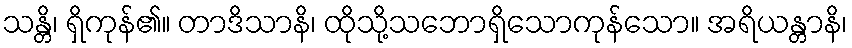
သန္တိ၊ ရှိကုန်၏။ တာဒိသာနိ၊ ထိုသို့သဘောရှိသောကုန်သော။ အရိယန္တာနိ၊